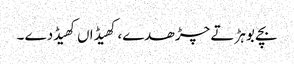
بچے بوہڑ تے چڑھدے، کھیڈاں کھیڈدے ۔